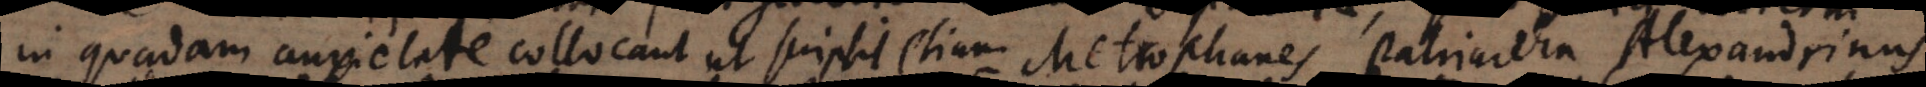
in quadam anxietate collocant ut scripsit etiam Metrophanes Patriarcha Alexandrinus